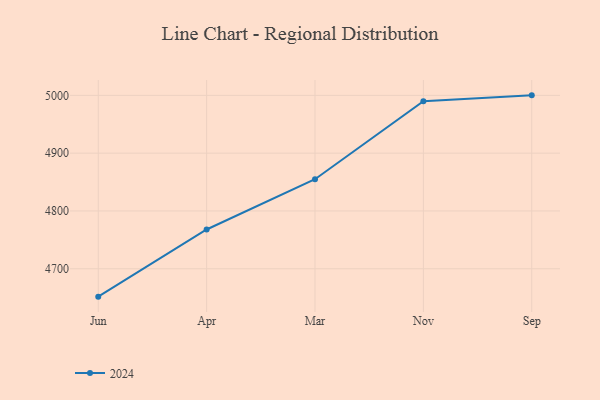
{"axis": {"x": "Month", "y": "Population (Million)"}, "legend": ["2024"], "data": [{"x": "Jun", "y": 4651.7, "type": "2024"}, {"x": "Apr", "y": 4767.9, "type": "2024"}, {"x": "Mar", "y": 4854.9, "type": "2024"}, {"x": "Nov", "y": 4989.7, "type": "2024"}, {"x": "Sep", "y": 5000, "type": "2024"}]}